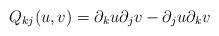
LaTeX: \begin{align*}Q_{kj}(u,v) = \partial_k u \partial_j v - \partial_j u \partial_k v\end{align*}